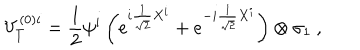
V _ { T } ^ { ( 0 ) i } = \frac { 1 } { 2 } \psi ^ { i } \left( e ^ { i \frac { 1 } { \sqrt { 2 } } X ^ { i } } + e ^ { - i \frac { 1 } { \sqrt { 2 } } X ^ { i } } \right) \otimes \sigma _ { 1 } \ ,